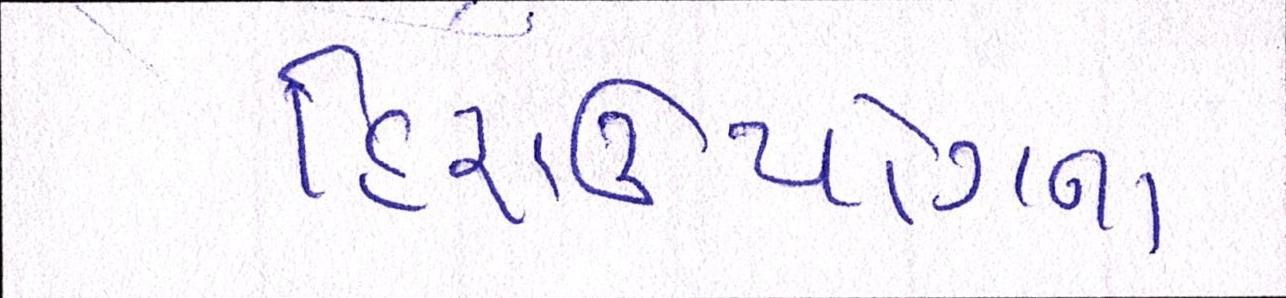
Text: હિરાઉદ્યોગનો